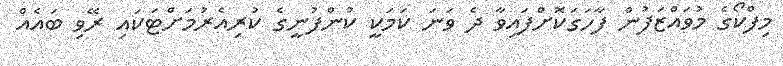
މިފްކޯގެ މުވައްޒަފުން ފާހަގަކޮށްފައިވާ ދެ ވަނަ ކަމަކީ ކުންފުނީގެ ކުރިއެރުމަށްޓަކައި ރޭވި ބައެއް